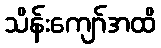
သိန်းကျော်အထိ